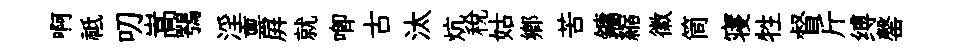
啊祗叨嵩鶚淫禀屛就唧古汰炕税姑鄉苦鏞縮徽筒寝牲督斤缚罄